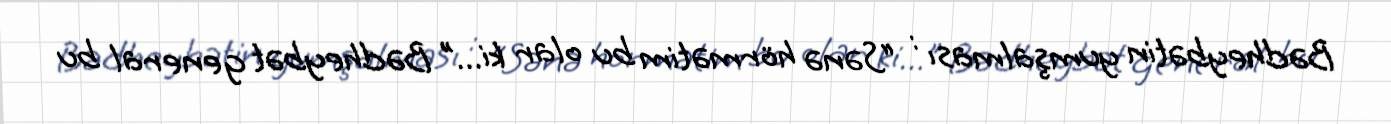
Bədheybətin yumşalması : “Sənə hörmətim bu olar ki...” Bədheybət general bu